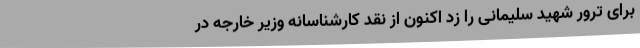
برای ترور شهید سلیمانی را زد اکنون از نقد کارشناسانهٔ وزیر خارجه در